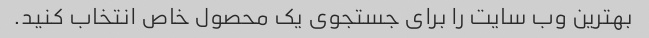
بهترین وب سایت را برای جستجوی یک محصول خاص انتخاب کنید.